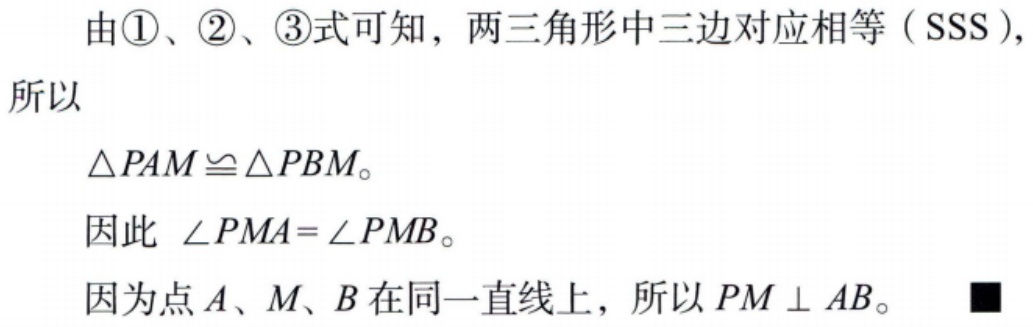
由\textcircled{1}、\textcircled{2}、\textcircled{3}式可知，两三角形中三边对应相等（SSS）,
所以
\(\triangle PAM\cong\triangle PBM\)。
因此 \(\angle PMA = \angle PMB\)。
因为点\(A、M、B\)在同一直线上，所以 \(PM\perp AB\)。 ■